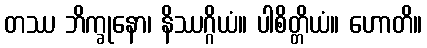
တဿ ဘိက္ခုနော၊ နိဿဂ္ဂိယံ။ ပါစိတ္တိယံ။ ဟောတိ။